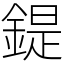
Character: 鍉